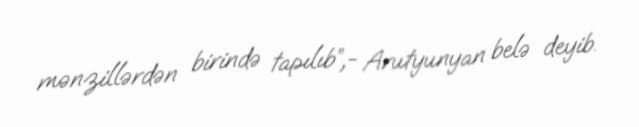
mənzillərdən birində tapılıb”,- Arutyunyan belə deyib.